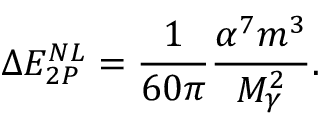
\Delta E _ { 2 P } ^ { N L } = \frac { 1 } { 6 0 \pi } \frac { \alpha ^ { 7 } m ^ { 3 } } { M _ { \gamma } ^ { 2 } } .